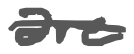
Text: are
Cross-out: single-line
Writing tool: digital_gray